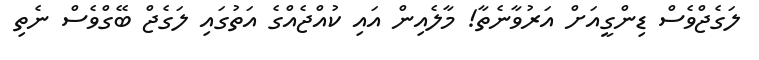
ލަގެޖްވެސް ޑިންގީއަށް އަރުވާނެތާ! މާލެއިން އައި ކުއްޖެއްގެ އަތުގައި ލަގެޖް ބޭގްވެސް ނެތި